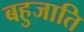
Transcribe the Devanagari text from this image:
बहुजाति